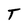
Character: T